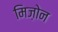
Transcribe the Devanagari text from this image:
मिज़ोन